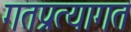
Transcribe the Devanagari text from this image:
गतप्रत्यागत